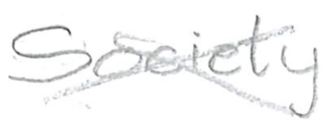
Text: Society
Cross-out: cross
Writing tool: pencil